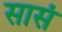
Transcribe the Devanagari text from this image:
सासं